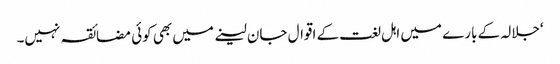
‘جلالہ کے بارے میں اہل لغت کے اقوال جان لینے میں بھی کوئی مضائقہ نہیں۔